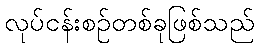
လုပ်ငန်းစဉ်တစ်ခုဖြစ်သည်